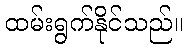
ထမ်းရွက်နိုင်သည်။